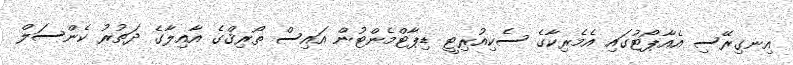
އިނގިރޭސި އެއާޕޯޓުގައި އެމެރިކާގެ ސެކިއުރިޓީ ޑިޕާޓްމެންޓުން އައިސް ތޯރިޤްގެ އާއިލާގެ ދަތުރު ކެންސަލް